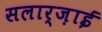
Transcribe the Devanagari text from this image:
सलार्ज़ाई